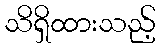
သိရှိထားသည့်